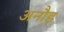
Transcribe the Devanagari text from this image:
अनौड़